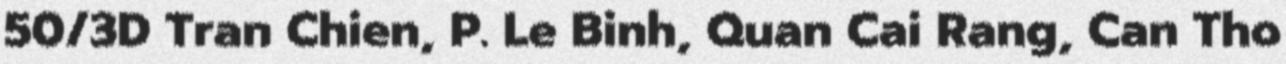
50/3D Tran Chien, P. Le Binh, Quan Cai Rang, Can Tho